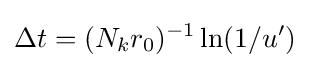
\Delta t=(N_{k}r_{0})^{-1}\ln(1/u^{\prime })